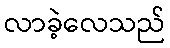
လာခဲ့လေသည်